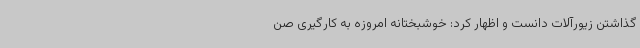
گذاشتن زیورآلات دانست و اظهار کرد: خوشبختانه امروزه به کارگیری صن